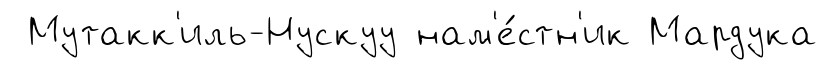
Мутакк'иль-Нускуу нам'е́стн'ик Мардука